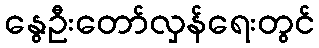
နွေဦးတော်လှန်ရေးတွင်